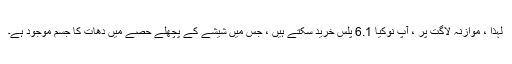
لہذا ، موازنہ لاگت پر ، آپ نوکیا 6.1 پلس خرید سکتے ہیں ، جس میں شیشے کے پچھلے حصے میں دھات کا جسم موجود ہے۔